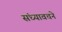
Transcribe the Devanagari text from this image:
संध्यावचने